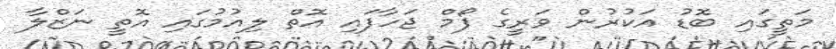
މަތީގައި ބޮޑު އަކުރުން ވަރީގެ ފޯމް ޖަހާފައި އޮތް ލިއުމުގައި އޮތީ ނަޒްލާ